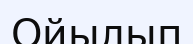
Ойылып